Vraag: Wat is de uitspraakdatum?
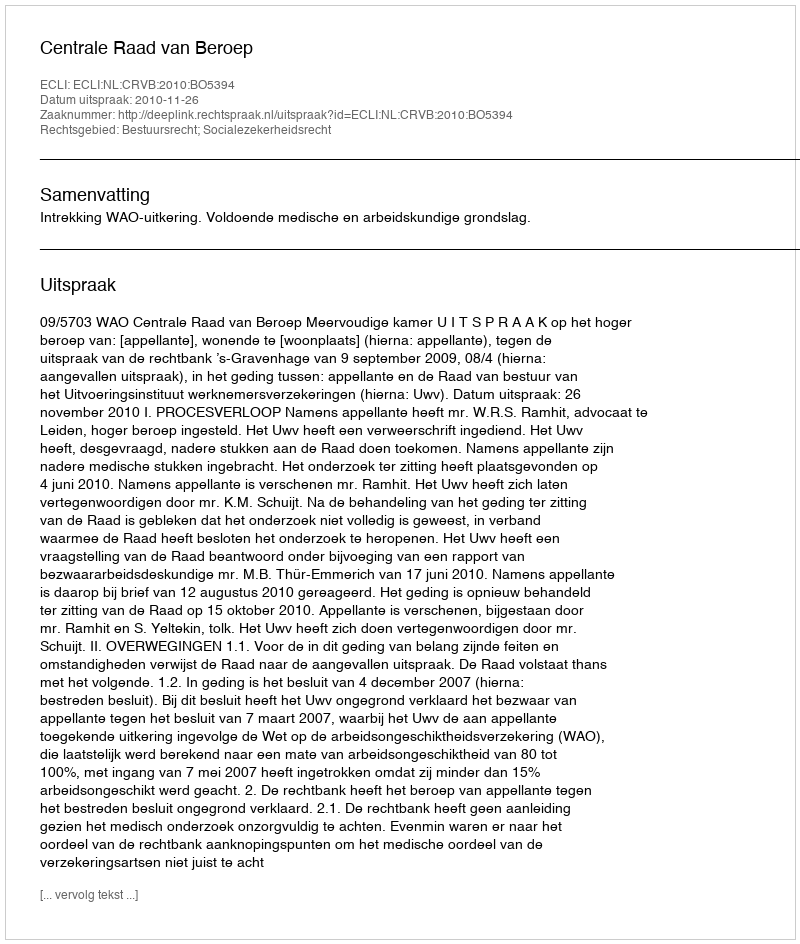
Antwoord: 2010-11-26